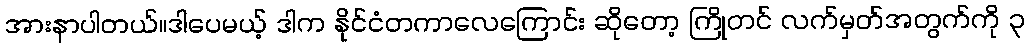
အားနာပါတယ်။ဒါပေမယ့် ဒါက နိုင်ငံတကာလေကြောင်း ဆိုတော့ ကြိုတင် လက်မှတ်အတွက်ကို ၃